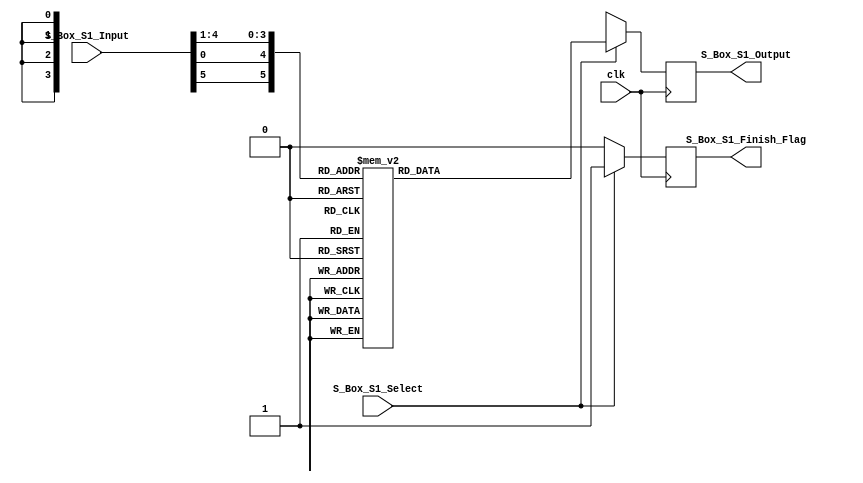
module S_Box_S1(
	S_Box_S1_Input,
	S_Box_S1_Select,
	S_Box_S1_Output,
	//
	S_Box_S1_Finish_Flag,
	clk
);

	//input
	input [6:1] S_Box_S1_Input;
	input S_Box_S1_Select;
	input clk;
	//output
	output [4:1] S_Box_S1_Output;
	
	//internal register
	reg [4:1] S_Box_S1;
	//
	//
	output S_Box_S1_Finish_Flag;
	reg S_Box_S1_Finish;
	assign S_Box_S1_Finish_Flag = S_Box_S1_Finish;
	wire [6:1] Offset;
	assign Offset = {S_Box_S1_Input[6], S_Box_S1_Input[1], S_Box_S1_Input[5:2]};
	assign S_Box_S1_Output = S_Box_S1;
	
	
	always@(posedge clk)begin
		if(S_Box_S1_Select) begin
			case(Offset)
				6'b000000:  S_Box_S1 <= 4'd14;             
				6'b000001:  S_Box_S1 <= 4'd4;             
				6'b000010:  S_Box_S1 <= 4'd13;            
				6'b000011:  S_Box_S1 <= 4'd1;             
				6'b000100:  S_Box_S1 <= 4'd2;             
				6'b000101:  S_Box_S1 <= 4'd15;             
				6'b000110:  S_Box_S1 <= 4'd11;             
				6'b000111:  S_Box_S1 <= 4'd8;             
				6'b001000:  S_Box_S1 <= 4'd3;             
				6'b001001:  S_Box_S1 <= 4'd10;             
				6'b001010:  S_Box_S1 <= 4'd6;             
				6'b001011:  S_Box_S1 <= 4'd12;             
				6'b001100:  S_Box_S1 <= 4'd5;             
				6'b001101:  S_Box_S1 <= 4'd9;             
				6'b001110:  S_Box_S1 <= 4'd0;             
				6'b001111:  S_Box_S1 <= 4'd7;
             
				6'b010000:  S_Box_S1 <= 4'd0;             
				6'b010001:  S_Box_S1 <= 4'd15;             
				6'b010010:  S_Box_S1 <= 4'd7;             
				6'b010011:  S_Box_S1 <= 4'd4;             
				6'b010100:  S_Box_S1 <= 4'd14;             
				6'b010101:  S_Box_S1 <= 4'd2;             
				6'b010110:  S_Box_S1 <= 4'd13;             
				6'b010111:  S_Box_S1 <= 4'd1;             
				6'b011000:  S_Box_S1 <= 4'd10;             
				6'b011001:  S_Box_S1 <= 4'd6;             
				6'b011010:  S_Box_S1 <= 4'd12;             
				6'b011011:  S_Box_S1 <= 4'd11;             
				6'b011100:  S_Box_S1 <= 4'd9;             
				6'b011101:  S_Box_S1 <= 4'd5;             
				6'b011110:  S_Box_S1 <= 4'd3;             
				6'b011111:  S_Box_S1 <= 4'd8;             
				6'b100000:  S_Box_S1 <= 4'd4;             
				6'b100001:  S_Box_S1 <= 4'd1;             
				6'b100010:  S_Box_S1 <= 4'd14;             
				6'b100011:  S_Box_S1 <= 4'd8;             
				6'b100100:  S_Box_S1 <= 4'd13;             
				6'b100101:  S_Box_S1 <= 4'd6;             
				6'b100110:  S_Box_S1 <= 4'd2;             
				6'b100111:  S_Box_S1 <= 4'd11;             
				6'b101000:  S_Box_S1 <= 4'd15;             
				6'b101001:  S_Box_S1 <= 4'd12;             
				6'b101010:  S_Box_S1 <= 4'd9;             
				6'b101011:  S_Box_S1 <= 4'd7;             
				6'b101100:  S_Box_S1 <= 4'd3;             
				6'b101101:  S_Box_S1 <= 4'd10;             
				6'b101110:  S_Box_S1 <= 4'd5;             
				6'b101111:  S_Box_S1 <= 4'd0;             
				6'b110000:  S_Box_S1 <= 4'd15;             
				6'b110001:  S_Box_S1 <= 4'd12;             
				6'b110010:  S_Box_S1 <= 4'd8;             
				6'b110011:  S_Box_S1 <= 4'd2;             
				6'b110100:  S_Box_S1 <= 4'd4;             
				6'b110101:  S_Box_S1 <= 4'd9;            
				6'b110110:  S_Box_S1 <= 4'd1;             
				6'b110111:  S_Box_S1 <= 4'd7;            
				6'b111000:  S_Box_S1 <= 4'd5;        
				6'b111001:  S_Box_S1 <= 4'd11;        
				6'b111010:  S_Box_S1 <= 4'd3;       
				6'b111011:  S_Box_S1 <= 4'd14;       
				6'b111100:  S_Box_S1 <= 4'd10;       
				6'b111101:  S_Box_S1 <= 4'd0;       
				6'b111110:  S_Box_S1 <= 4'd6;      
				6'b111111:  S_Box_S1 <= 4'd13;
				default:    S_Box_S1 <= 4'dx;
			endcase
			S_Box_S1_Finish <= 1'b1;
		end
		else begin
			S_Box_S1_Finish <= 1'b0;
			S_Box_S1 <= 4'dx; 
		end
	end
	
endmodule